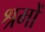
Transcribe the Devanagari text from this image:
श्रमों